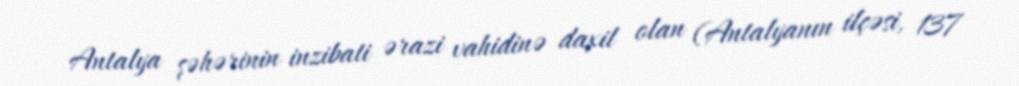
Antalya şəhərinin inzibati ərazi vahidinə daxil olan (Antalyanın ilçəsi, 137